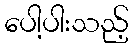
ပေါ့ပါးသည့်